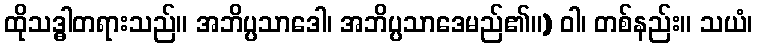
ထိုသဒ္ဓါတရားသည်။ အဘိပ္ပသာဒေါ၊ အဘိပ္ပသာဒေမည်၏။) ဝါ၊ တစ်နည်း။ သယံ၊